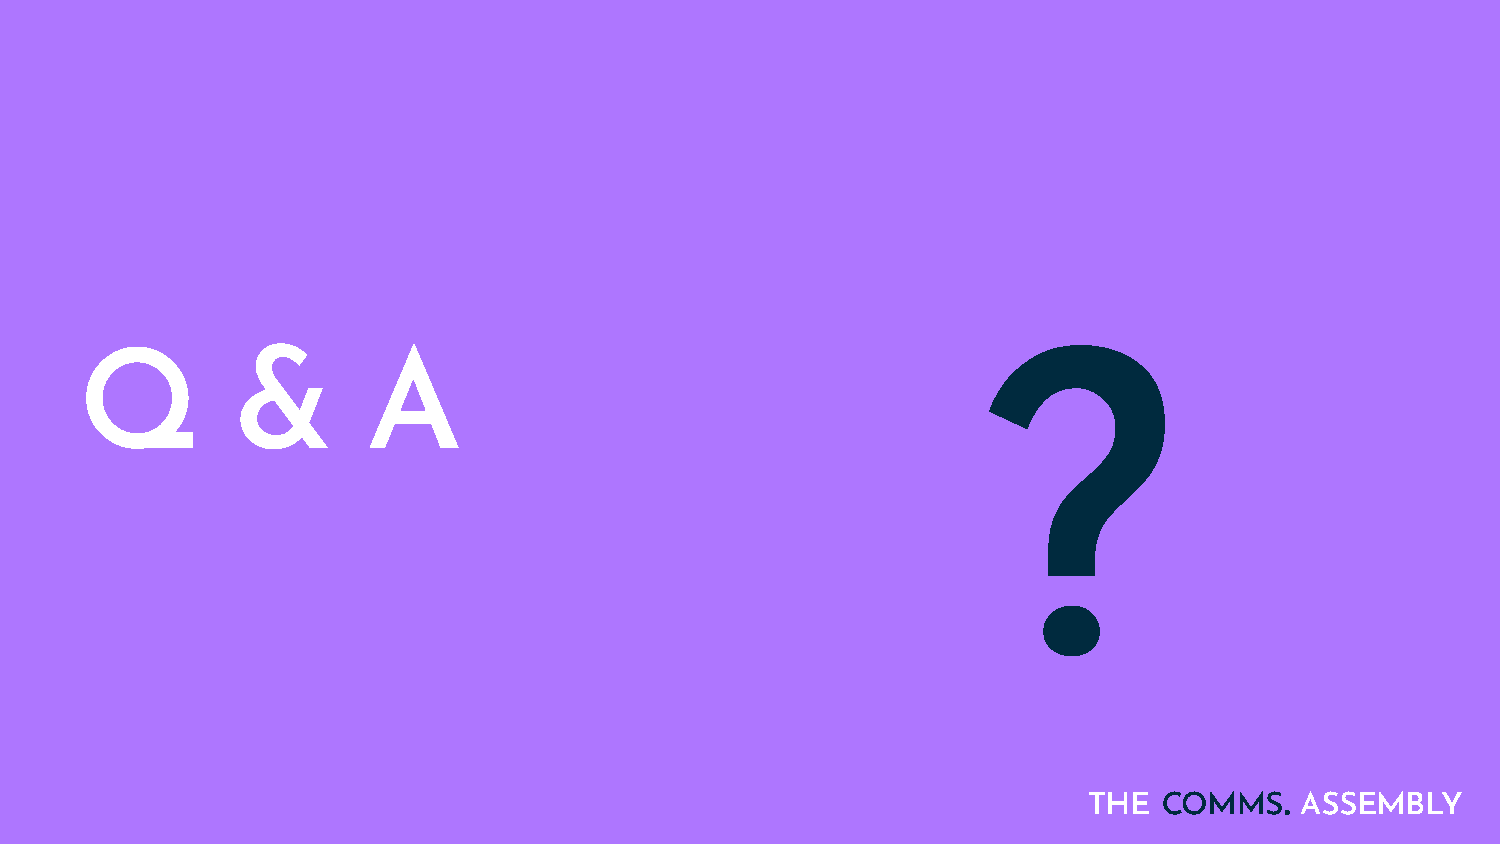
Q         &        A                                        ?